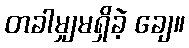
တခါမျှမရှိခဲ့ ချေ။